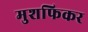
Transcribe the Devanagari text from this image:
मुशफिकर